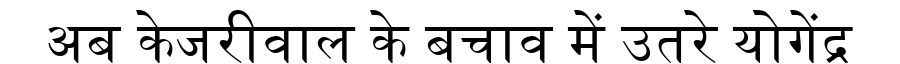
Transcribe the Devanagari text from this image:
अब केजरीवाल के बचाव में उतरे योगेंद्र